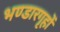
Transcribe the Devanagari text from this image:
भण्डारगृहों